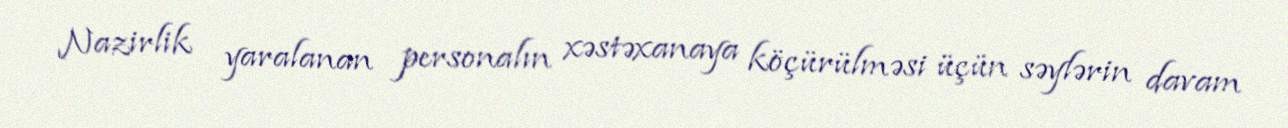
Nazirlik yaralanan personalın xəstəxanaya köçürülməsi üçün səylərin davam